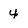
Character: 4